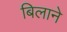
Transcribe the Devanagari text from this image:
बिलाने